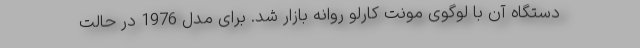
دستگاه آن با لوگوی مونت کارلو روانه بازار شد. برای مدل 1976 در حالت